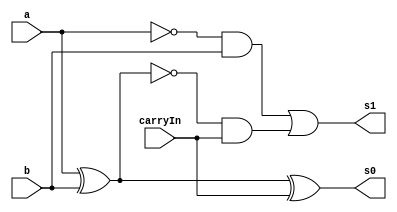
// Exemplo0022 - FULL SUBTRACTOR
// Nome: Julio Machado


module fullSubtractor(output s1, output s0, input a, input b, input carryIn);

	wire s2;
	wire s3;
	wire s4;
	wire s5;
	wire s6;

	not N1(s5,a);
	not N2(s6,s2);
	xor X1(s2,a,b);
	xor X2(s0,s2,carryIn);
	and A1(s3,s5,b);
	and A2(s4,s6,carryIn);
	or O1(s1,s3,s4);

endmodule //fullSubtractor


module halfSubtractor(output s1, output s0, input a, input b);
	
	wire s2;

	not N1(s2,a);
	xor X1(s0,a,b);
	and A1(s1,s2,b);
endmodule //halfSubtractor


module FullSubtractor6(output [0:5]s, input [0:5]a, input [0:5]b);

	wire [0:5]s0;

	halfSubtractor H1(s0[5],s[5],a[5],b[5]);
	fullSubtractor F1(s0[4],s[4],a[4],b[4],s0[5]);
	fullSubtractor F2(s0[3],s[3],a[3],b[3],s0[4]);
	fullSubtractor F3(s0[2],s[2],a[2],b[2],s0[3]);
	fullSubtractor F4(s0[1],s[1],a[1],b[1],s0[2]);
	xor X1(s0[0],b[0],s0[1]);
	xor X2(s[0],a[0],s0[0]);

endmodule //FullSubtractor

//------------------
module testAdder;

reg [0:5]a = 6'b000000;
reg [0:5]b = 6'b000000;
wire [0:5]s;

FullSubtractor6 F1(s,a,b);
	

initial
	begin
	

	$display ("Exemplo0022 - Julio Machado -435666");
	$display ("FULL SUBTRAcTOR");
	
	#1 $display ("%b - %b = %b",a,b,s);
		a = 6'b100110;	b = 6'b010100;
	#1	$display ("%b - %b = %b",a,b,s);
		b = 6'b110110;
	#1	$display ("%b - %b = %b",a,b,s);
		a = 6'b011111;	b = 6'b111100;
	#1	$display ("%b - %b = %b",a,b,s);
	
	end

endmodule //testSubtractor